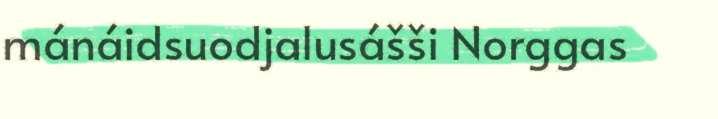
mánáidsuodjalusášši Norggas